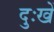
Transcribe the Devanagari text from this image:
दुःखें